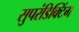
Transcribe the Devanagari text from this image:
सुपरंडिक्टिंग